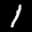
Label: 1